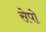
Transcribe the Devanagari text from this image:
सेपो